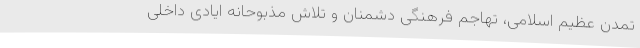
تمدن عظیم اسلامی، تهاجم فرهنگی دشمنان و تلاش مذبوحانه ایادی داخلی